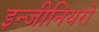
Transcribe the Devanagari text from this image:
इन्जीनियरों